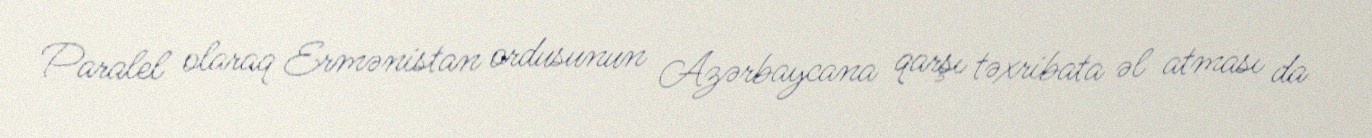
Paralel olaraq Ermənistan ordusunun Azərbaycana qarşı təxribata əl atması da